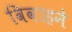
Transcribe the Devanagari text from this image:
विवाहने